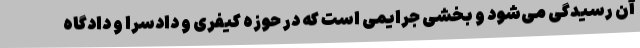
آن رسیدگی می‌شود و بخشی جرایمی است که در حوزه کیفری و دادسرا و دادگاه